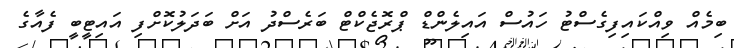
ބިމެއް ވިއްކައިފިގެސްޓު ހައުސް އައިލެންޑް ޕްރޮޖެކްޓް ބަރެސްދު އަށް ބަދަލުކޮށްފި އައިޓީބީ ފެއާގެ